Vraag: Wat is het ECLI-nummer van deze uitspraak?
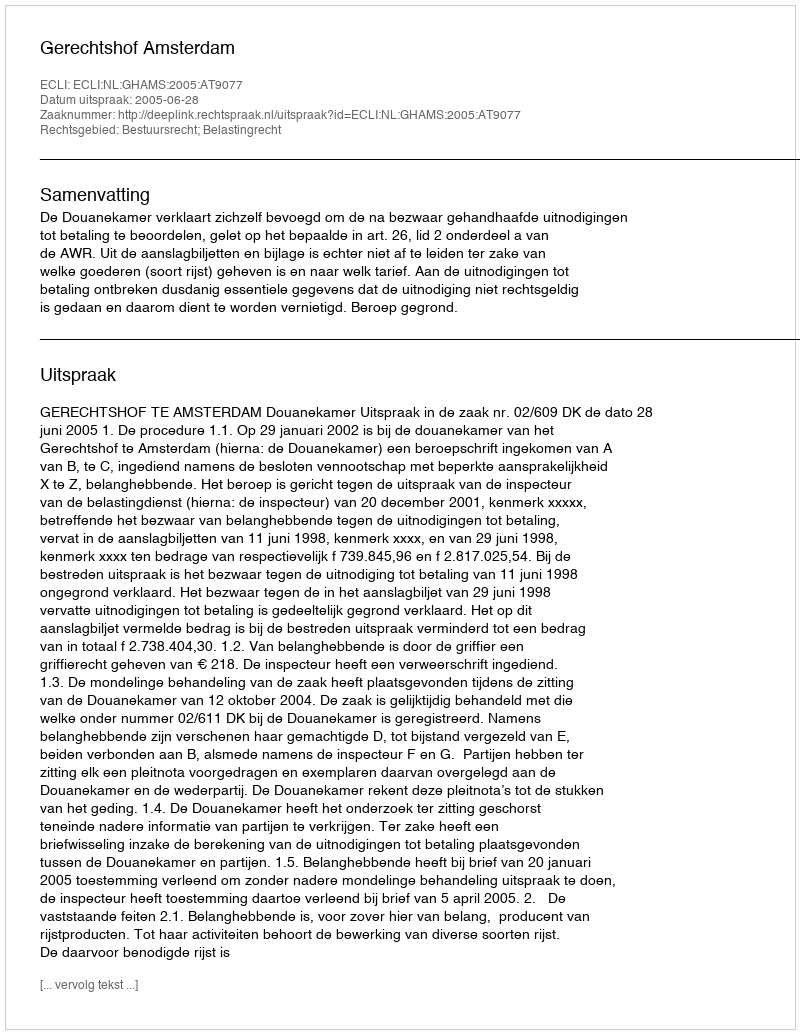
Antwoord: ECLI:NL:GHAMS:2005:AT9077